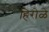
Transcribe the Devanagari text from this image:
हिरोळे